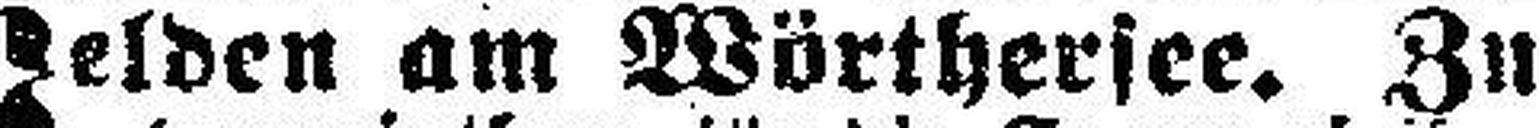
Velden am Wörthersee. Zu